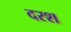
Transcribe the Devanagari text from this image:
दरश